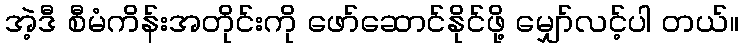
အဲ့ဒီ စီမံကိန်းအတိုင်းကို ဖော်ဆောင်နိုင်ဖို့ မျှော်လင့်ပါ တယ်။